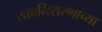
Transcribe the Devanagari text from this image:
रक्ताभिसरणाच्या